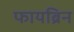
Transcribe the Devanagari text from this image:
फायब्रिन